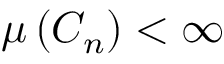
\mu \left( C _ { n } \right) < \infty